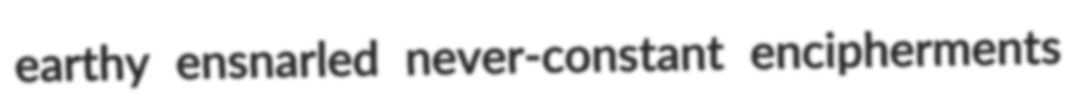
earthy ensnarled never-constant encipherments